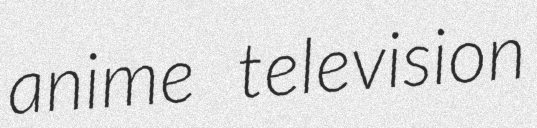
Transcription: anime television